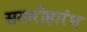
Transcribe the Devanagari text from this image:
समारोहारंभ